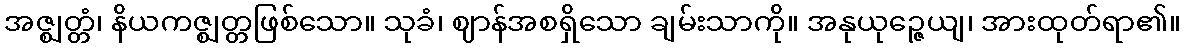
အဇ္ဈတ္တံ၊ နိယကဇ္ဈတ္တဖြစ်သော။ သုခံ၊ ဈာန်အစရှိသော ချမ်းသာကို။ အနုယုဉ္ဇေယျ၊ အားထုတ်ရာ၏။